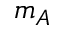
m _ { A }